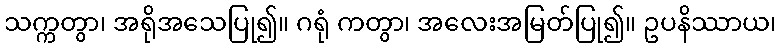
သက္ကတွာ၊ အရိုအသေပြု၍။ ဂရုံ ကတွာ၊ အလေးအမြတ်ပြု၍။ ဥပနိဿာယ၊